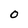
Character: 0